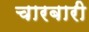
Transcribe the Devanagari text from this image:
चारबारी